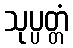
သုပ္ပတ္တံ